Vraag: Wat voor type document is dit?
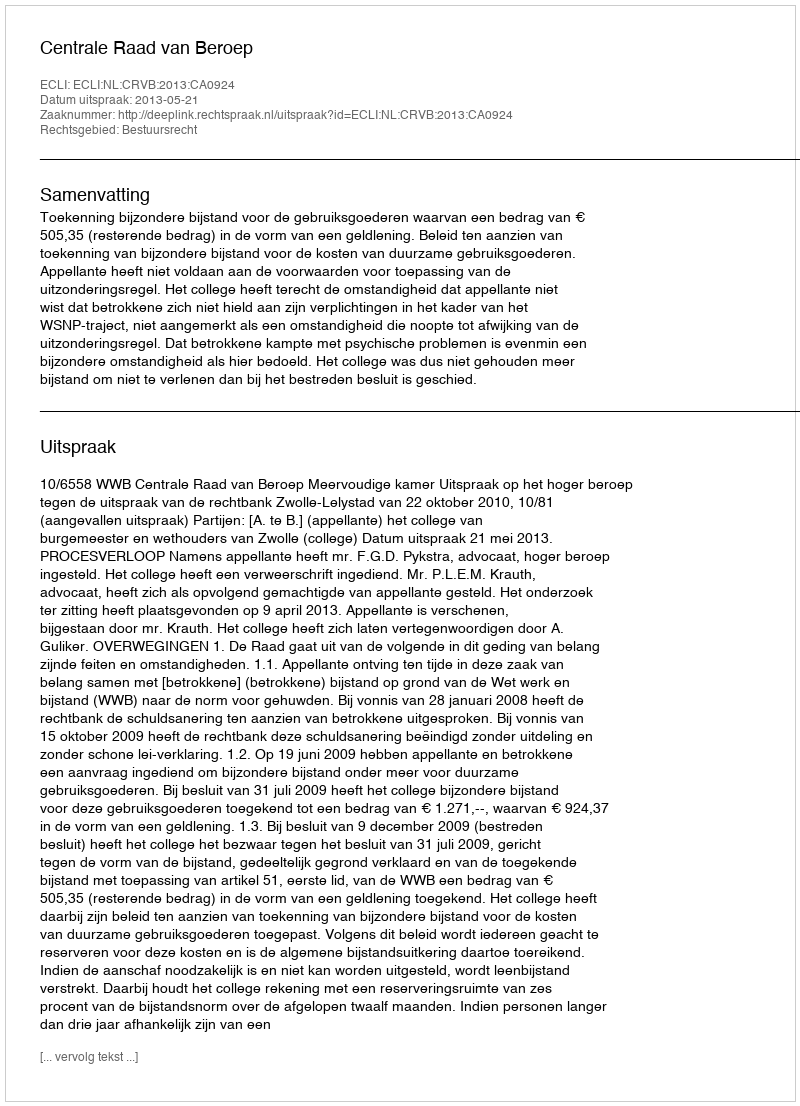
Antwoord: Uitspraak